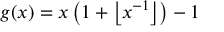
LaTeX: g ( x ) = x \left( 1 + \left\lfloor x ^ { - 1 } \right\rfloor \right) - 1